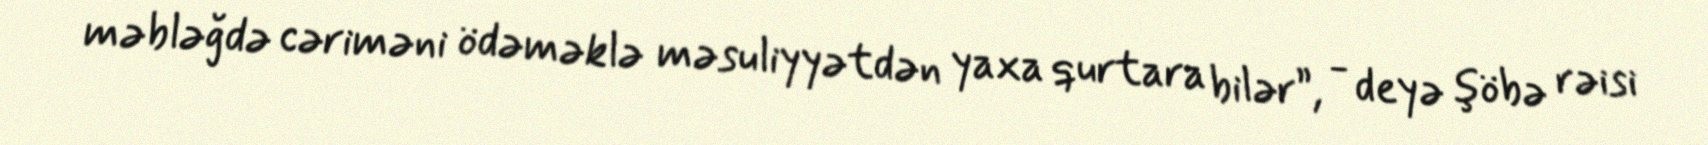
məbləğdə cəriməni ödəməklə məsuliyyətdən yaxa qurtara bilər”, - deyə şöbə rəisi